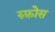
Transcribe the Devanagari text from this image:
रुफ़ोस